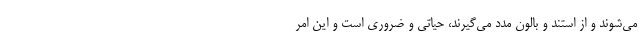
می‌شوند و از استند و بالون مدد می‌گیرند، حیاتی و ضروری است و این امر